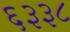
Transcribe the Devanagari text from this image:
६३३८